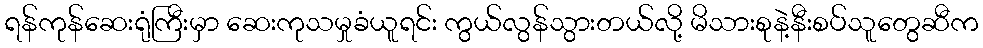
ရန်ကုန်ဆေးရုံကြီးမှာ ဆေးကုသမှုခံယူရင်း ကွယ်လွန်သွားတယ်လို့ မိသားစုနဲ့နီးစပ်သူတွေဆီက